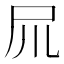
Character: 𡰭